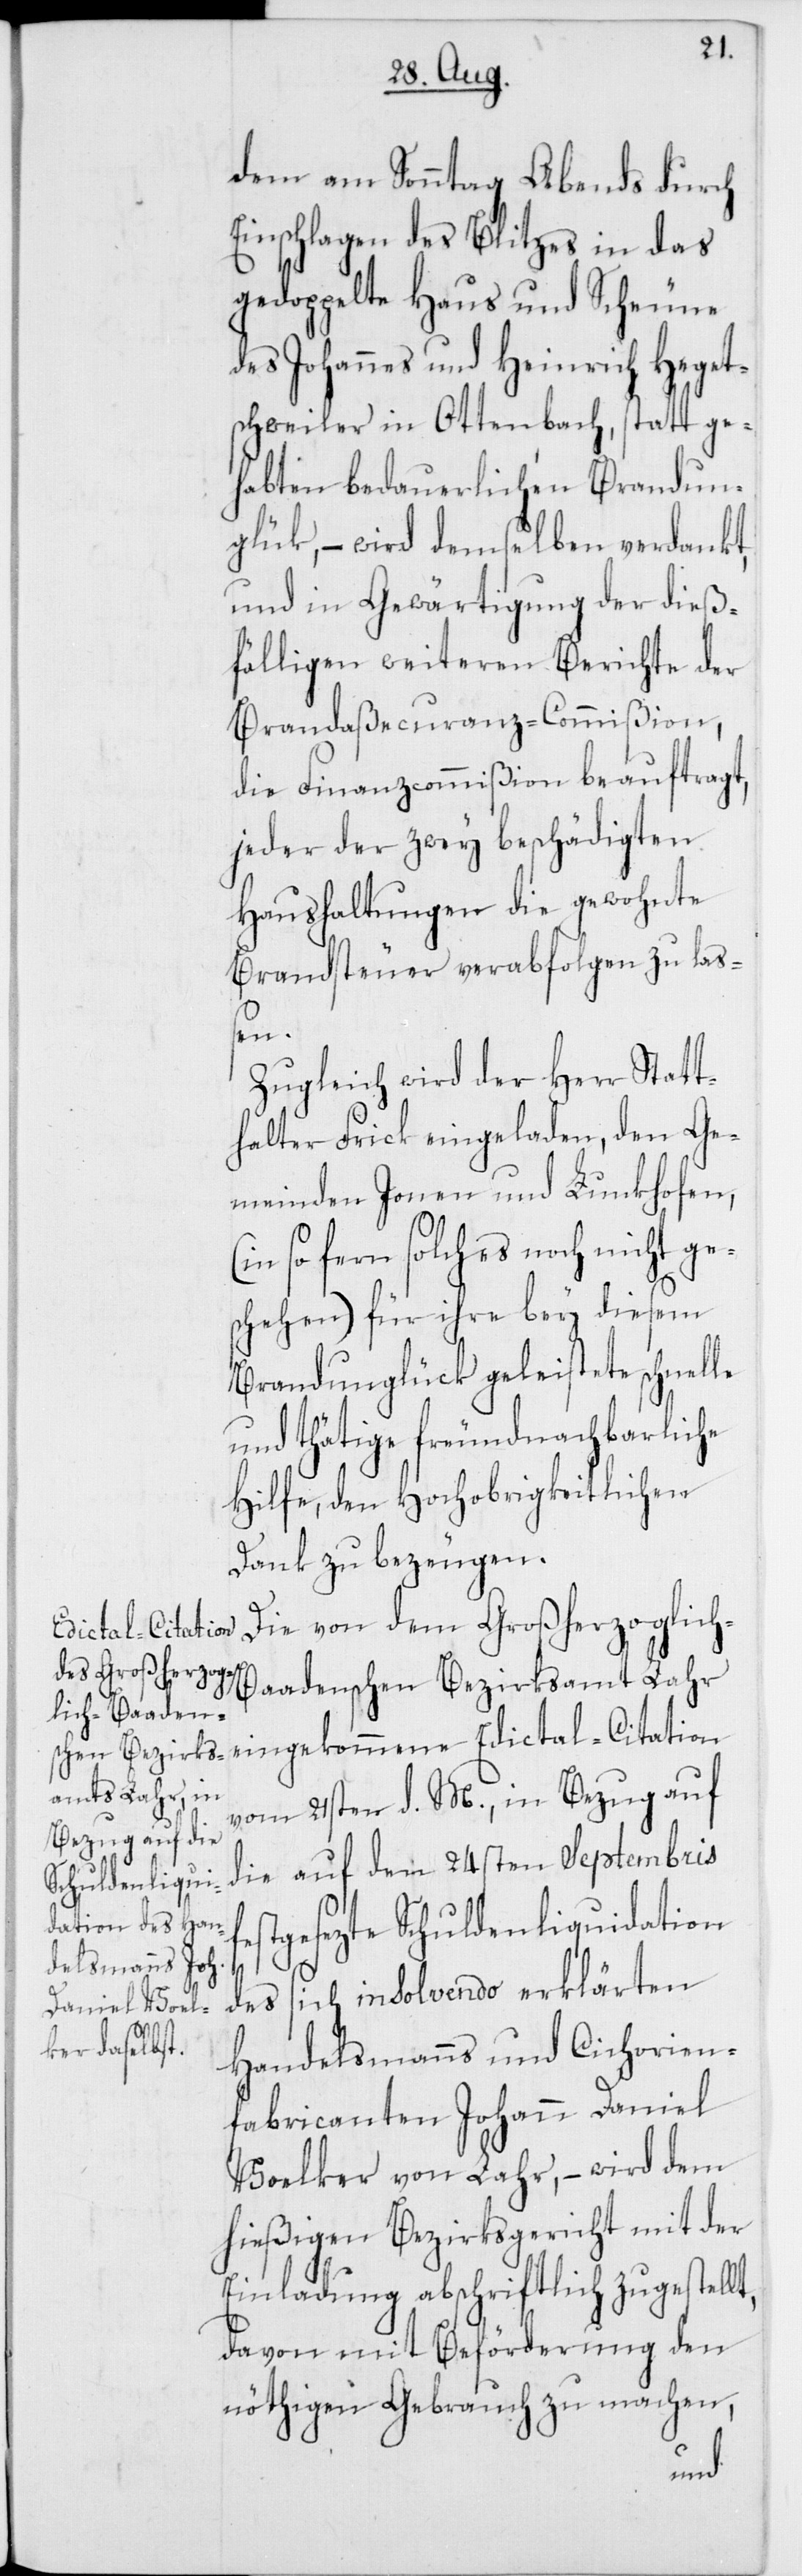
fe¬
dem am Sonntag Abends durch
Einschlagen des Blitzes in das
h-B¬
gedoppelte Haus und Scheune
des Johannes und Heinrich Heget¬
schweiler in Ottenbach, stattge¬
habten bedauerlichen Brandun¬
glük, – wird demselben verdankt,
und in Gewärtigung der dieß¬
fälligen weiteren Berichte der
Brandaßecuranz-Commißion,
die Finanzcommißion beauftragt,
jeder der zwey beschädigten
Haushaltungen die gewohnte
Brandsteuer verabfolgen zu laß¬
en.
Zugleich wird der Herr Statt¬
halter Frick eingeladen, den Ge¬
meinden Jonen und Lunkhofen,
sofern solches noch nicht ge¬
schehen) für ihre bey diesem
Brandunglük geleistete schnelle
und thätige freundnachbarliche
Hilfe, den Hochobrigkeitlichen
Dank zu bezeugen.
Die von dem Großherzoglic¬
Edictal-Citation
aadenschen Bezirksamt Lahr
vom 21sten d. M., in Bezug auf
die auf den 24sten Septembris
stgesezte Schuldenliquidation
des sich insolvendo erklärten
Handelsmanns und Cichorien¬
fabricanten Johann Daniel
Voelker von Lahr, – wird dem
hießigen Bezirksgericht mit der
Einladung abschriftlich zugestellt,
davon mit Beförderung den
nöthigen Gebrauch zu machen,